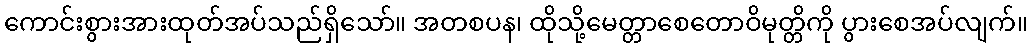
ကောင်းစွားအားထုတ်အပ်သည်ရှိသော်။ အတစပန၊ ထိုသို့မေတ္တာစေတောဝိမုတ္တိကို ပွားစေအပ်လျက်။